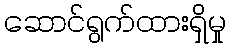
ဆောင်ရွက်ထားရှိမှု